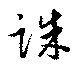
誅